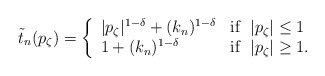
\begin{align*} \tilde t_n (p_\zeta) = \left\{ \begin{array}{ll} |p_\zeta|^{1-\delta} + (k_n)^{1-\delta} & \mathrm{if} \;\; |p_\zeta|\leq 1 \\ 1 + (k_n)^{1-\delta} & \mathrm{if} \;\; |p_\zeta| \geq 1 . \\ \end{array} \right.\end{align*}